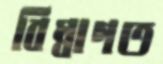
বিম্বাগত